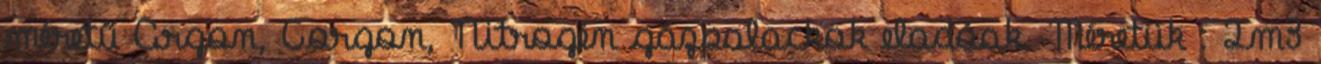
méretű Argon, Corgon, Nitrogén gázpalackok eladóak. Méretük : 2m3